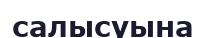
салысуына